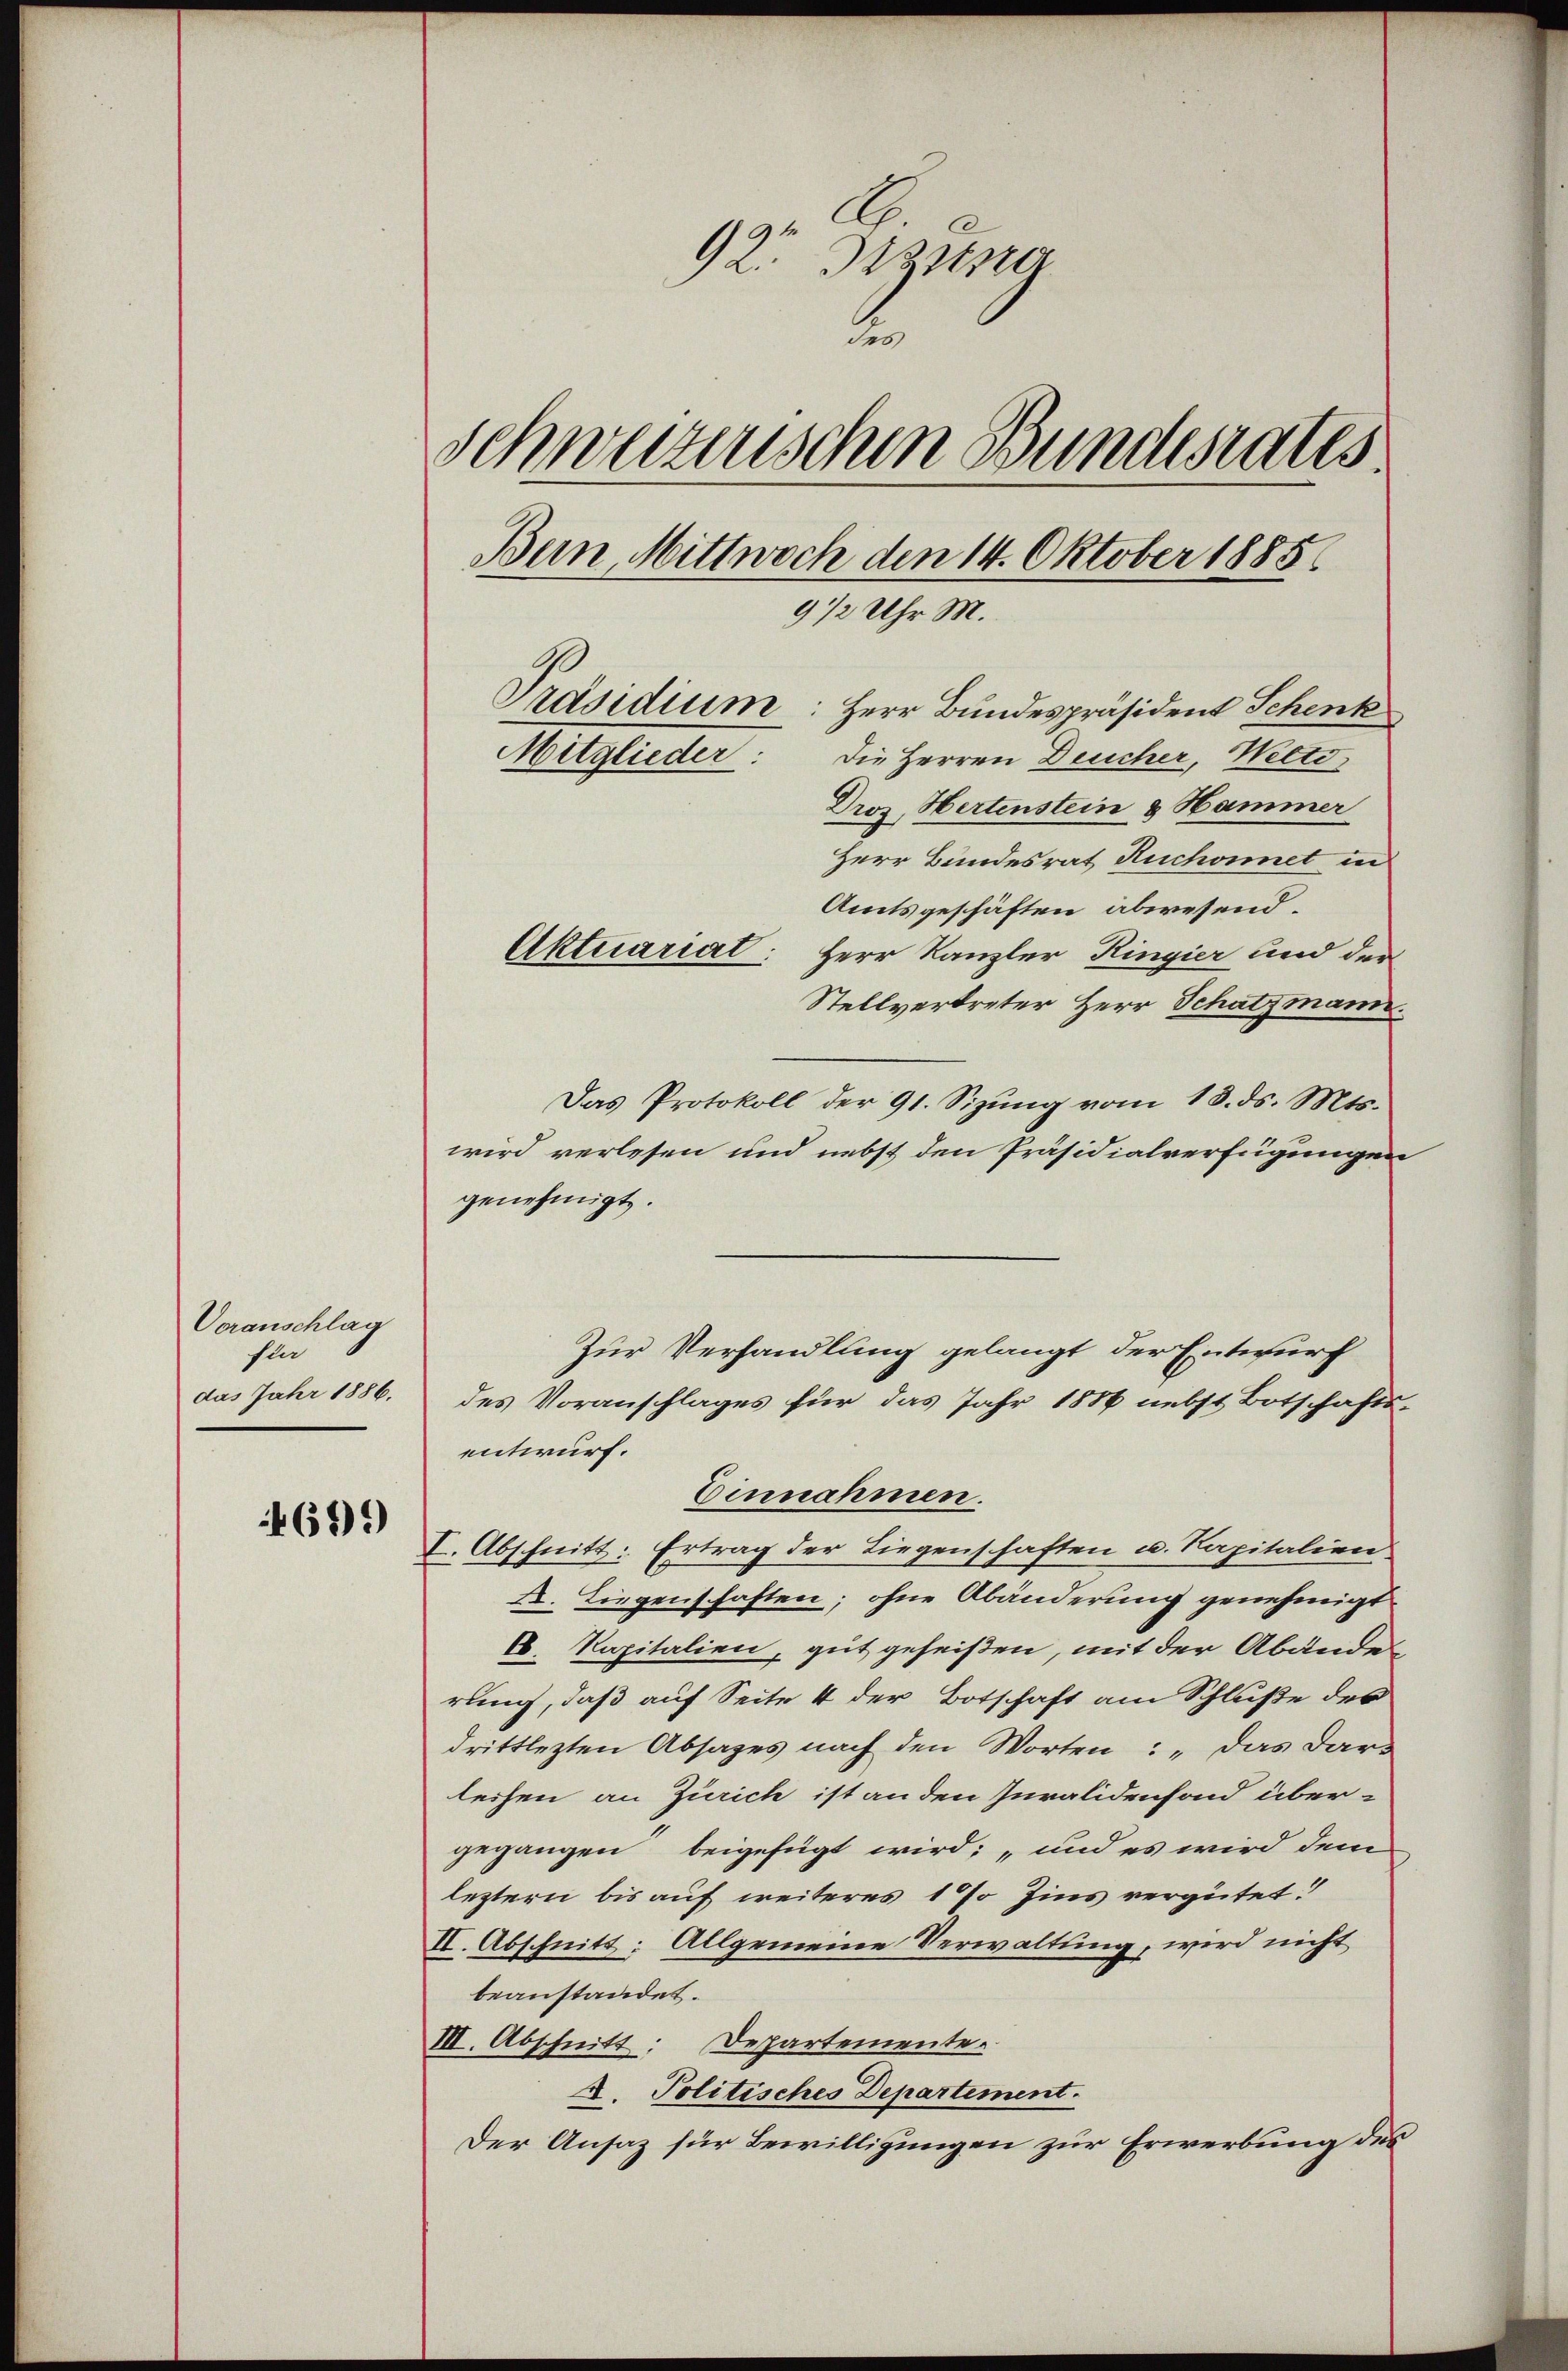
Voranschlag
for
das Jahr 1886.

699)

92. Dizung
2
Schwerzenschen Bundesrates
Bein, Mittwoch den 14. Oktober 1885
9 1/2 Uhr M.
Präsidium: Herr Bundespräsident Schenk
Mitglieder: Die Herren Deucher, Welte
Droz, Hertenstein & Hammer

Herr Bundesrat Ruchornet in
Amtsgeschäften abwesend.
Aktuariat: Herr Kanzler Ringier und der
Stellvertreter Herr Schatzmann.
Das Protokoll der 91. Sizŭng vom 18. ds. Mts.
wird verlesen und nebst den Präsidialverfügungen
genehmigt.
entwurf.
Einnahmen.
I. Abschnitt: Ertrag der Liegenschaften u. Kapitalien
XI. Liegenschaften; ohne Abänderung genehmigt
6. Kapitalien, gut geheißen, mit der Abänderung, daß auf Seite 4 der Botschaft am Schluße der
drittlezten Absages nach den Worten: „Das Dars
leihen an Zürich ist an den Iuralidenfond über-
gegangen beigefügt wird; und es wird dem
leztern bis auf weiteres 1 % Zins vergütet.
II. Abschnitt: Allgemeine Verwaltung, wird nicht
beanstandet.
III. Abschnitt: Departemente.
A. Politisches Departement.
Der Ansatz für Bewilligungen zur Erwerbung des

Zur Verhandlung gelangt der Entwurf
des Voranschlages für das Jahr 1886 nebst Botschafts-